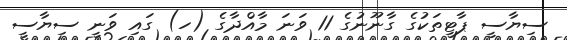
ސިޔާސީ ޕާޓީތަކުގެ ގާނޫނުގެ 11 ވަނަ މާއްދާގެ (ހ) ގައި ވަނީ ސިޔާސީ